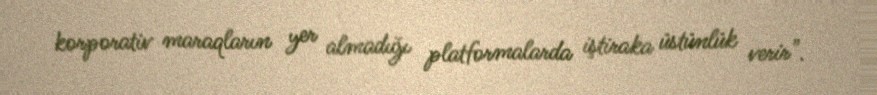
korporativ maraqların yer almadığı platformalarda iştiraka üstünlük verir".